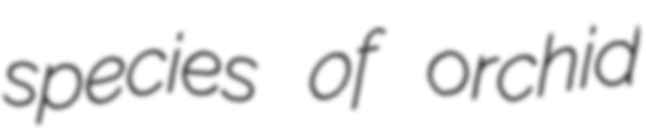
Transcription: species of orchid